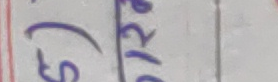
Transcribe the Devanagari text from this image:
५/२४